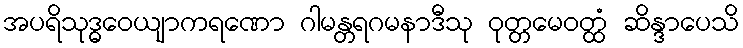
အပရိသုဒ္ဓဝေယျာကရဏော ဂါမန္တရဂမနာဒီသု ဝုတ္တမေဝတ္ထံ ဆိန္ဒာပေသိ